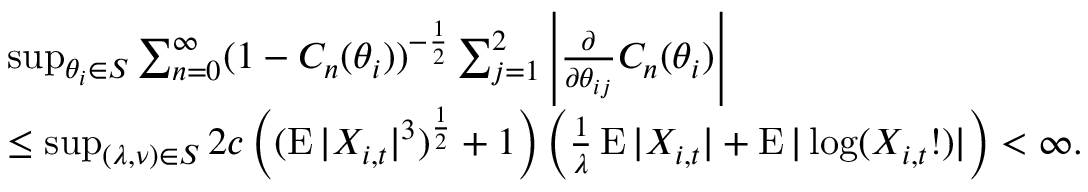
\begin{array} { r l } & { \operatorname* { s u p } _ { \theta _ { i } \in S } \sum _ { n = 0 } ^ { \infty } ( 1 - C _ { n } ( \theta _ { i } ) ) ^ { - \frac { 1 } { 2 } } \sum _ { j = 1 } ^ { 2 } \left| \frac { \partial } { \partial \theta _ { i j } } C _ { n } ( \theta _ { i } ) \right| } \\ & { \leq \operatorname* { s u p } _ { ( \lambda , \nu ) \in S } 2 c \left( ( \operatorname { E } | X _ { i , t } | ^ { 3 } ) ^ { \frac { 1 } { 2 } } + 1 \right) \left( \frac { 1 } { \lambda } \operatorname { E } | X _ { i , t } | + \operatorname { E } | \log ( X _ { i , t } ! ) | \right) < \infty . } \end{array}